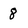
Character: 8